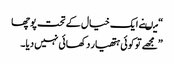
“ میںنے ایک خیال کے تحت پوچھا
”مجھے تو کوئی ہتھیار دکھائی نہیں دیا۔